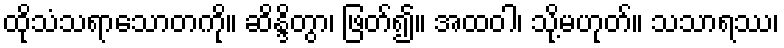
ထိုသံသရာသောတကို။ ဆိန္ဒိတွာ၊ ဖြတ်၍။ အထဝါ၊ သို့မဟုတ်။ သသာရဿ၊